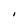
Character: I